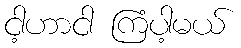
ငါ့ဟာငါ ကြံပါ့မယ်